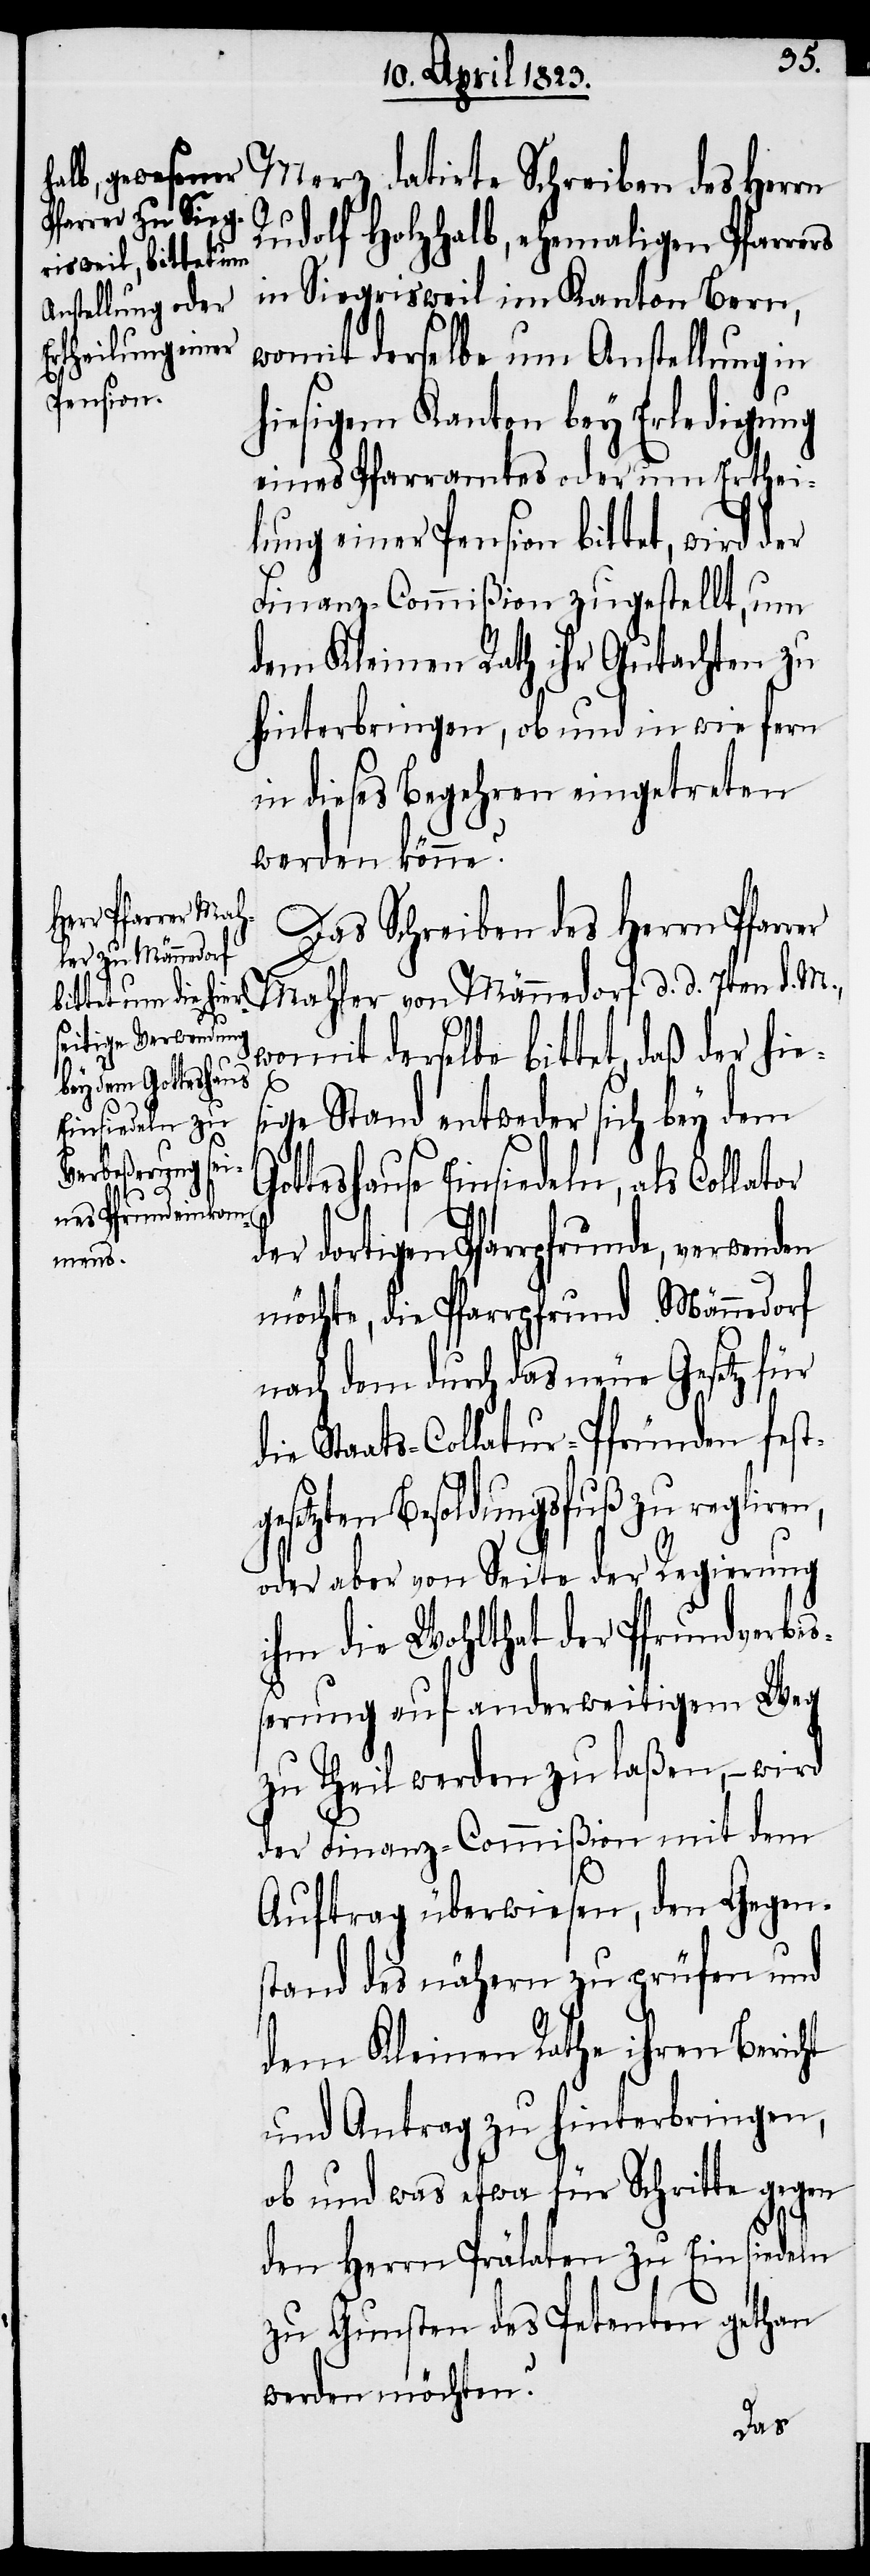
Merz datirte Schreiben des Herrn
Rudolf Holzhalb, ehemaligen Pfarrers
in Siegrisweil im Kanton Bern,
womit derselbe um Anstellung in
hiesigem Kanton bey Erledigung
eines Pfarramtes oder um Erthei¬
lung einer Pension bittet, wird der
Finanz-Commißion zugestellt, um
dem Kleinen Rath ihr Gutachten zu
hinterbringen, ob und in wie fern
in dieses Begehren eingetreten
werden könne?
Das Schreiben des Herrn Pfarrer
Mahler von Männedorf d. d. 7ten d. M.,
womit derselbe bittet, daß der hie¬
sige Stand entweder sich bey dem
Gotteshause Einsiedeln, als Collator
dortigen Pfarrpfrunde, verwenden
möchte, die Pfarrpfrund Männedorf
nach dem durch das neue Gesetz für
die Staats-Collatur-Pfründen fest¬
gesetzten Besoldungsfuß zu regliren,
oder aber von Seite der Regierung
ihm die Wohlthat der Pfrundverbeß¬
erung auf anderweitigem Weg
zu Theil werden zu laßen, – wird
der Finanz-Commißion mit dem
Auftrag überwiesen, den Gegen¬
stand des nähern zu prüfen und
dem Kleinen Rathe ihren Bericht
und Antrag zu hinterbringen,
ob und was etwa für Schritte gegen
den Herrn Prälaten zu Einsiedeln
zu Gunsten des Petenten gethan
werden möchten?